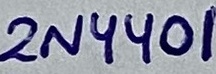
Text: 2N4401